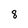
Character: 8